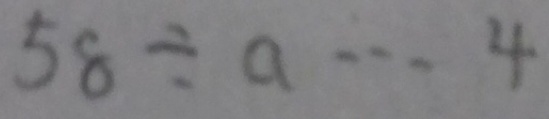
5 8 \div a \cdots 4